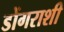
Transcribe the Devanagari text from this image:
डोंगराशी